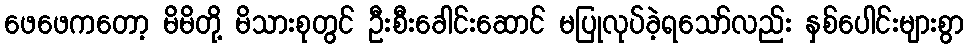
ဖေဖေကတော့ မိမိတို့ မိသားစုတွင် ဦးစီးခေါင်းဆောင် မပြုလုပ်ခဲ့ရသော်လည်း နှစ်ပေါင်းများစွာ